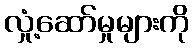
လှုံ့ဆော်မှုများကို